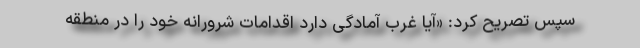
سپس تصریح کرد: «آیا غرب آمادگی دارد اقدامات شرورانه خود را در منطقه